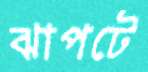
ঝাপটে